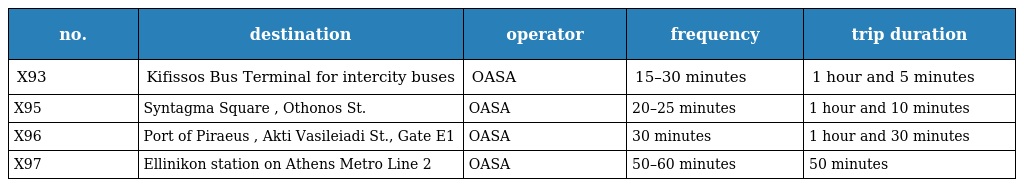
| no. | destination | operator | frequency | trip duration |
 | --- | --- | --- | --- | --- |
 | X93 | Kifissos Bus Terminal for intercity buses | OASA | 15–30 minutes | 1 hour and 5 minutes |
 | X95 | Syntagma Square , Othonos St. | OASA | 20–25 minutes | 1 hour and 10 minutes |
 | X96 | Port of Piraeus , Akti Vasileiadi St., Gate E1 | OASA | 30 minutes | 1 hour and 30 minutes |
 | X97 | Ellinikon station on Athens Metro Line 2 | OASA | 50–60 minutes | 50 minutes |